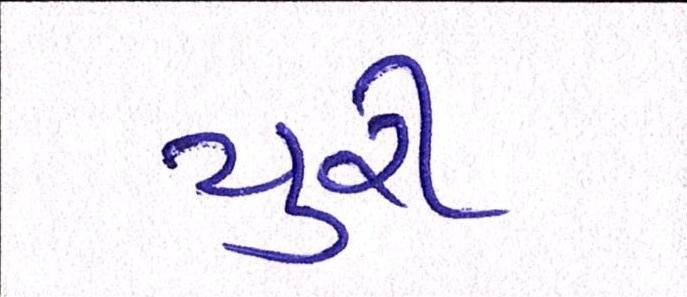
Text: યુરી